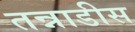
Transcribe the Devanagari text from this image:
तन्नाडीस